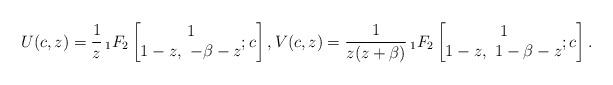
LaTeX: \begin{gather*}U(c,z) =\frac{1}{z}\,{}_{1}F_{2}\left[\begin{matrix}1\\1-z,\ -\beta-z\end{matrix};c\right] ,V(c,z) =\frac{1}{z ( z+\beta ) }\,{}_{1}F_{2}\left[\begin{matrix}1\\1-z,\ 1-\beta-z\end{matrix};c\right] .\end{gather*}